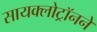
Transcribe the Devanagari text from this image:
सायक्लोट्रॉनने